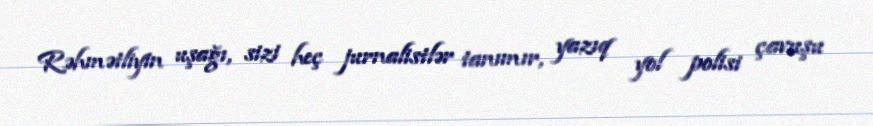
Rəhmətliyin uşağı, sizi heç jurnalistlər tanımır, yazıq yol polisi çavuşu